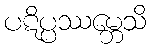
ပဋိပ္ပဿမ္ဘေသိ